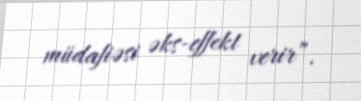
müdafiəsi əks-effekt verir”.